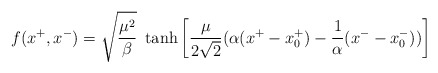
\begin{align*}f(x^+,x^-) = \sqrt\frac{\mu^2}{\beta} ~\tanh{\left[\frac{\mu}{2 \sqrt 2}(\alpha(x^+ - x_0^+)-\frac{1}{\alpha}(x^- - x_0^-))\right]} \end{align*}